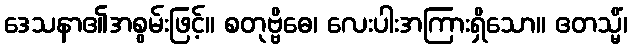
ဒေသနာ၏အစွမ်းဖြင့်။ စတုဗ္ဗိဓေ၊ လေးပါးအကြားရှိသော။ ဧတသ္မိံ၊